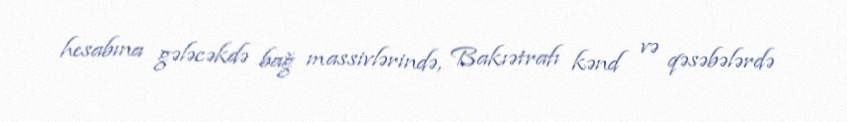
hesabına gələcəkdə bağ massivlərində, Bakıətrafı kənd və qəsəbələrdə